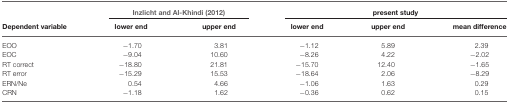
|  | <COLSPAN=2> Inzlicht and Al-Khindi (2012) | <COLSPAN=3> present study |
 | Dependent variable | lower end | upper end | lower end | upper end | mean difference |
 | --- | --- | --- | --- | --- | --- |
 | EOO | −1.70 | 3.81 | −1.12 | 5.89 | 2.39 |
 | EOC | −9.04 | 10.60 | −8.26 | 4.22 | −2.02 |
 | RT correct | −18.80 | 21.81 | −15.70 | 12.40 | −1.65 |
 | RT error | −15.29 | 15.53 | −18.64 | 2.06 | −8.29 |
 | ERN/Ne | 0.54 | 4.66 | −1.06 | 1.63 | 0.29 |
 | CRN | −1.18 | 1.62 | −0.36 | 0.62 | 0.15 |